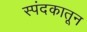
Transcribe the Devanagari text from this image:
स्पंदकातून